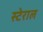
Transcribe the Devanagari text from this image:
स्टेराल